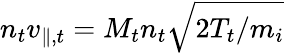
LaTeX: n_{t}v_{\parallel,t}=M_{t}n_{t}\sqrt{2T_{t}/m_{i}}